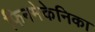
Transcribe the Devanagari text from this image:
फिनमेकेनिका